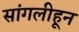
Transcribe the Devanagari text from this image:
सांगलीहून